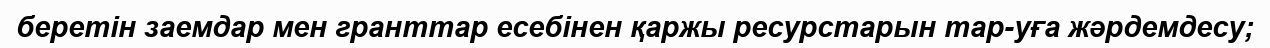
беретін заемдар мен гранттар есебінен қаржы ресурстарын тар-уға жәрдемдесу;